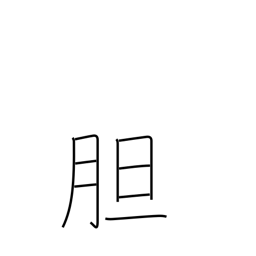
Meaning: courage